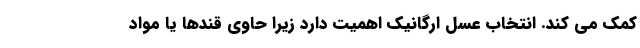
کمک می کند. انتخاب عسل ارگانیک اهمیت دارد زیرا حاوی قندها یا مواد